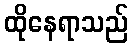
ထိုနေရာသည်